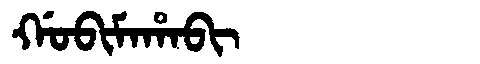
Manchu: ᡤᠣᠪᡳᠮᠠᡥᠠᠪᡳ
Romanization: GOBIMAHABI